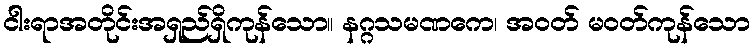
ငါးရာအတိုင်းအရှည်ရှိကုန်သော။ နဂ္ဂသမဏကေ၊ အဝတ် မဝတ်ကုန်သော